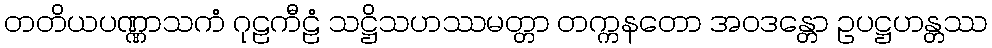
တတိယပဏ္ဏာသကံ ဂုဠကီဠံ သဋ္ဌိသဟဿမတ္တာ တက္ကနတော အဝဒန္တော ဥပဋ္ဌဟန္တဿ